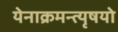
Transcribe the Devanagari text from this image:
येनाक्रमन्त्यृषयो